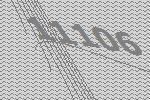
11106